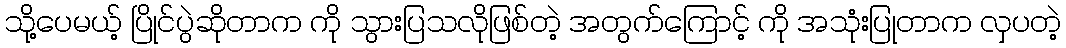
သို့ပေမယ့် ပြိုင်ပွဲဆိုတာက ကို သွားပြသလိုဖြစ်တဲ့ အတွက်ကြောင့် ကို အသုံးပြုတာက လှပတဲ့